Vabadussoja_Ajaloo_Komitee, lk 59
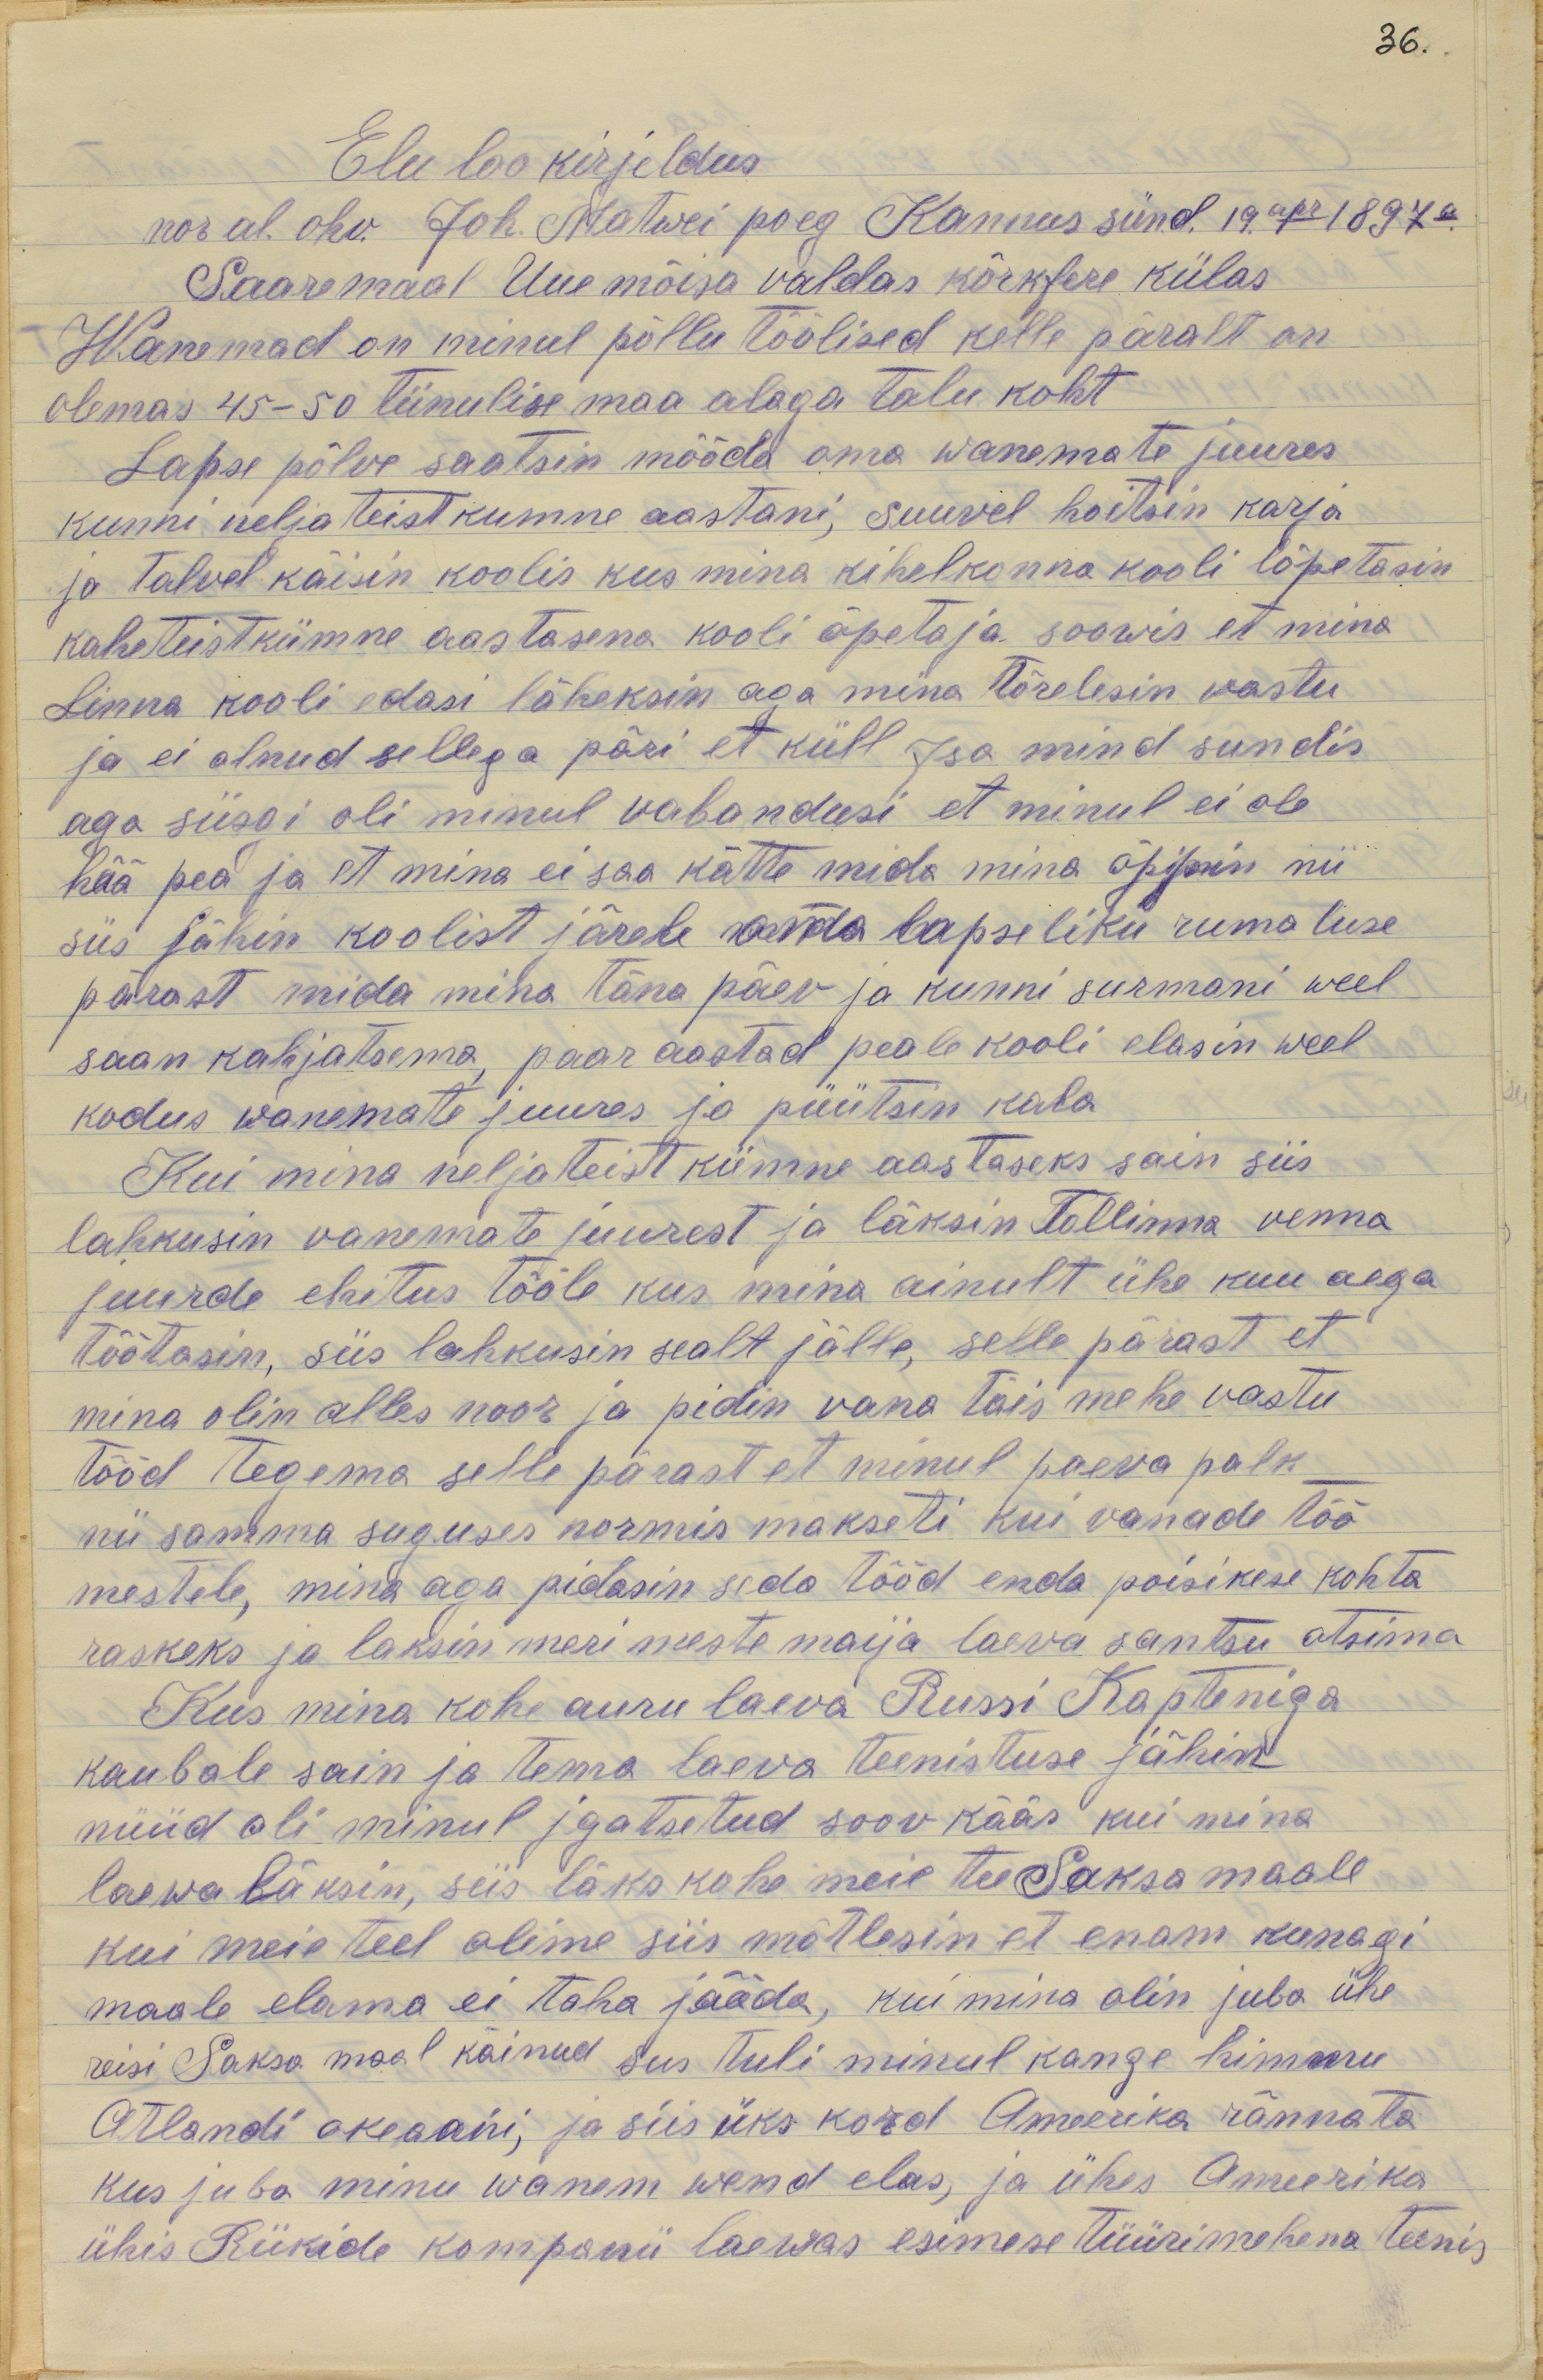
36.
Elu loo kirjeldus
nor al. ohv. Joh. Matwei poeg Kannus sünd. 19. apr 1897 a.
Saaremaal Uue mõisa valdas kõrkfere külas
Wanemad on minul põllu töölised kelle päralt on
olemas 45 - 50 tiinulise maa alaga talu koht
Lapse põlve saatsin mõõda oma wanemate juures
kunni neljateistkumne aastani, suuvel hoitsin karja
ja talvel käisin koolis kus mina kihelkonna kooli lõpetasin
kaheteistkümne aastasena kooli õpetaja soowis et mina
Linna kooli edasi läheksin aga mina tõrelesin vastu
ja ei olnud sellega päri et küll Isa mind sundis
aga siisgi oli minul vabandusi et minul ei ole
hää pea ja et mina ei saa kätte mida mina õppin nii
siis jähin koolist järele oma lapseliku rumaluse
pärast mida mina täna päev ja kunni surmani weel
saan kahjatsema, paar aastad peale kooli elasin weel
kodus wanemate juures ja püütsin kala
Kui mina neljateistkümne aastaseks sain siis
lahkusin vanemate juurest ja läksin Tallinna venna
juurde ehitus tööle kus mina ainult ühe kuu aega
töötasin, siis lahkusin sealt jälle, selle pärast et
mina olin alles noor ja pidin vana täis mehe vastu
tööd tegema selle pärast et minul paeva palk
nii samma suguses normis makseti kui vanade töö
mestele, mina aga pidasin seda tööd enda poisikese kohta
raskeks ja laksin meri meste maija laeva santsu otsima
Kus mina kohe auru laeva Russi Kapteniga
kaubale sain ja tema laeva teenistuse jähin
nüüd oli minul igatsetud soov kääs kui mina
laewa läksin, siis läks kohe meie tee Saksamaale
kui meie teel olime siis mõtlesin et enam kunagi
maale elama ei taha jääda, kui mina olin juba ühe
reisi Saksa maal käinud siis tuli minul kange himmu
Atlandi okeaani, ja siis üks kord Ameerika rännata
kus juba minu wanem wend elas, ja ühes Ameerika
ühis Riikide kompanii laewas esimese tüürimehena teenis